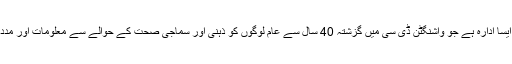
’گرین ڈور‘ ایک ایسا ادارہ ہے جو واشنگٹن ڈی سی میں گزشتہ 40 سال سے عام لوگوں کو ذہنی اور سماجی صحت کے حوالے سے معلومات اور مدد مہیا کر رہا ہے۔